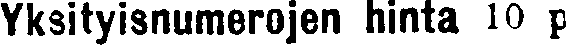
Yksityisnumerojen hinta 10 p